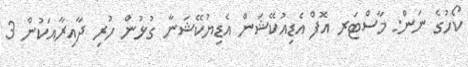
ކޯހުގެ ނަން: މާސްޓަރ އޮފް އެޑިއުކޭޝަން އެޑިޔުކޭޝަނާ ގުޅުން ހުރި ދާއިރާއަކުން 3